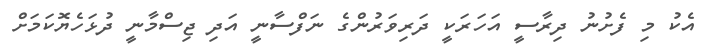
އެކު މި ފެށުނު ދިރާސީ އަހަރަކީ ދަރިވަރުންގެ ނަފްސާނީ އަދި ޖިސްމާނީ ދުޅަހެޔޮކަމަށް